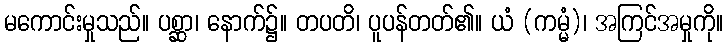
မကောင်းမှုသည်။ ပစ္ဆာ၊ နောက်၌။ တပတိ၊ ပူပန်တတ်၏။ ယံ (ကမ္မံ)၊ အကြင်အမှုကို။